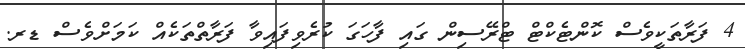
4 ފަރާތަކީވެސް ކޮންޓެކްޓް ޓްރޭސިން ގައި ފާހަގަ ކުރެވިފައިވާ ފަރާތްތަކެއް ކަމަށްވެސް ޑރ.